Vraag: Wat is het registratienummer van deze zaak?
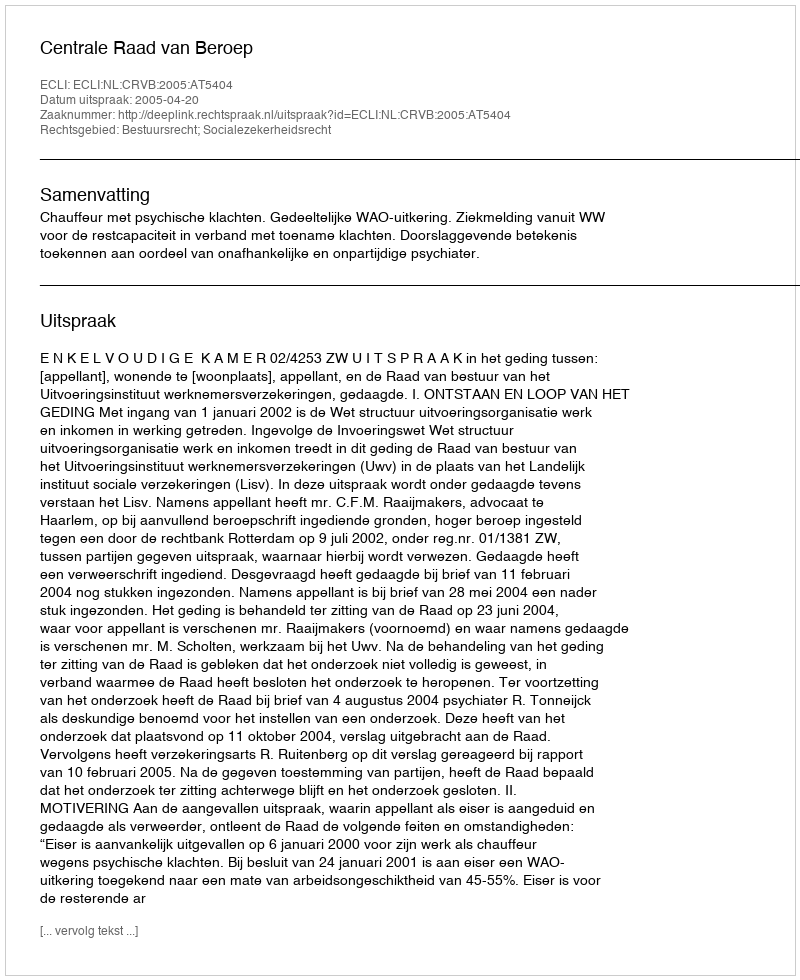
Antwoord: http://deeplink.rechtspraak.nl/uitspraak?id=ECLI:NL:CRVB:2005:AT5404